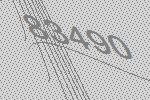
83490